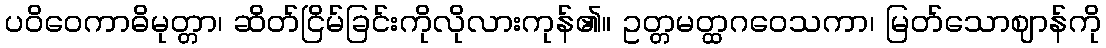
ပဝိဝေကာဓိမုတ္တာ၊ ဆိတ်ငြိမ်ခြင်းကိုလိုလားကုန်၏။ ဥတ္တမတ္ထဂဝေသကာ၊ မြတ်သောဈာန်ကို